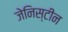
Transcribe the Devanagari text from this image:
जेनिस्टीन